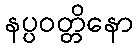
နပ္ပဝတ္တိနော